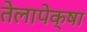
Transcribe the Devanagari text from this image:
तेलापेक्षा